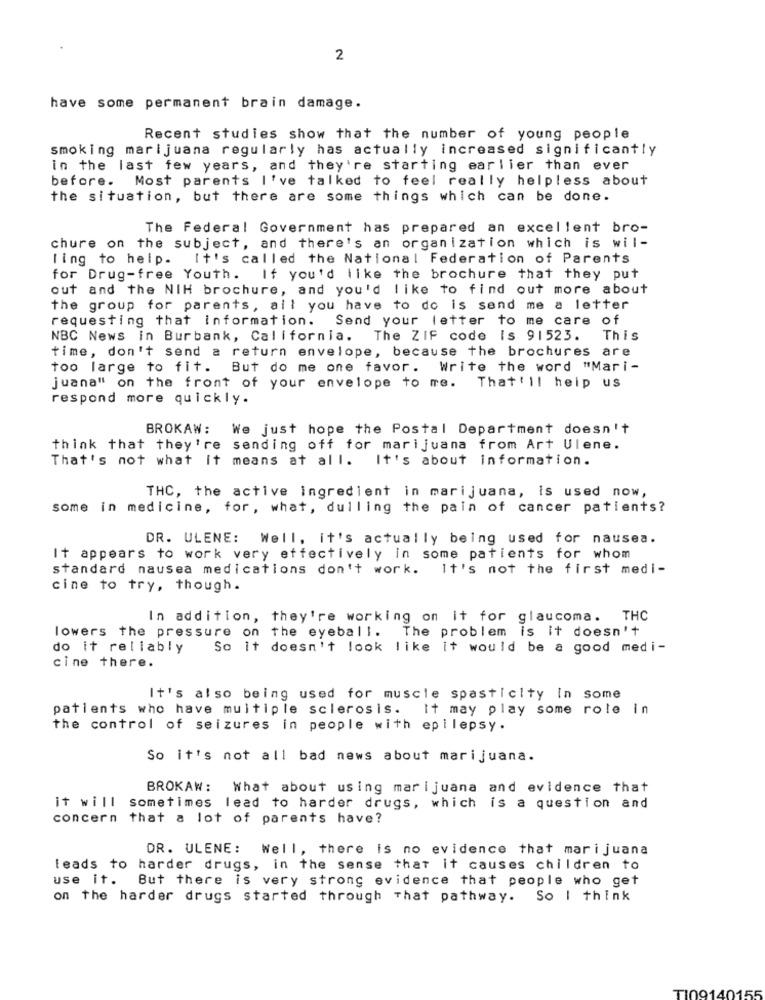
2
have some permanent brain damage.
Recent studies show that the number of young people
smoking marijuana regularly has actually increased significantly
in the last few years, and they're starting earlier than ever
before. Most parents I've talked to feel really helpless about
the situation, but there are some things which can be done.
The Federal Government has prepared an excellent bro-
chure on the subject, and there's an organization which is wil-
ling to help.
It's called the National Federation of Parents
for Drug-free Youth. If you'd like the brochure that they put
out and the NIH brochure, and you'd like to find out more about
the group for parents, all you have to do is send me a letter
requesting that information. Send your letter to me care of
NBC News in Burbank, California. The ZIF code Is 91523.
This
time, don't send a return envelope, because the brochures are
too large to fit. But do me one favor. Write the word "Mari-
juana" on the front of your envelope to me. That'll help us
respond more quickly.
BROKAW: We just hope the Postal Department doesn't
think that they're sending off for marijuana from Art Ulene.
That's not what it means at all. It's about information.
THC, the active ingredient in marijuana, is used now,
some in medicine, for, what, dulling the pain of cancer patients?
DR. ULENE: Well, it's actually being used for nausea.
It appears to work very effectively in some patients for whom
standard nausea medications don't work. It's not the first medi-
cine to try, though.
In addition, they're working on it for glaucoma. THC
lowers the pressure on the eyeball. The problem is it doesn't
do it reliably
So it doesn't look like it would be a good medi-
cine there.
It's also being used for muscle spasticity in some
patients who have multiple sclerosis.
It may play some role in
the control of seizures in people with epilepsy.
So it's not all bad news about marijuana.
BROKAW:
What about using marijuana and evidence that
it will sometimes lead to harder drugs, which is a question and
concern that a lot of parents have?
DR. ULENE: Well, there is no evidence that marijuana
leads to harder drugs, in the sense that it causes children to
use it.
But there is very strong evidence that people who get
on the harder drugs started through That pathway. So I think
155
TI091